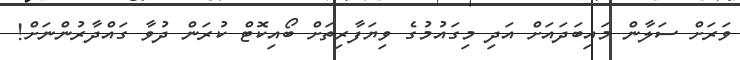
ވަރަށް ސަލާން މައިބަދައަށް އަދި މިގައުމުގެ ވިޔަފާރިތަށް ބޯއިކޮޓް ކުރަން ދުވާ ގައްދާރުންނަށް!